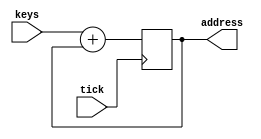
module add_offset(keys, tick, address);

	input [9:0] keys;
	input tick;
	output [9:0] address;
	
	reg [9:0] address;
	
	initial address = 10'b0;

	always @ (posedge tick)
		address = keys + address;

endmodule